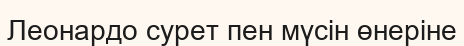
Леонардо сурет пен мүсін өнеріне